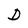
Character: D